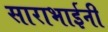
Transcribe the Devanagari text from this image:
साराभाईनी